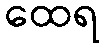
ထေရ